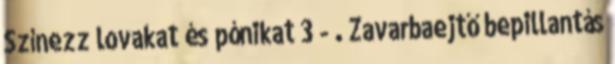
Színezz lovakat és pónikat 3 - . Zavarbaejtő bepillantás